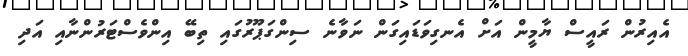
އެއިރުން ރައީސް ޔާމީން އަށް އެނގިވަޑައިގަން ނަވާނެ ސިންގަޕޫރުގައި ތިބޭ އިންވެސްޓަރުންނާއި އަދި